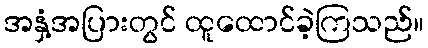
အနှံ့အပြားတွင် ထူထောင်ခဲ့ကြသည်။